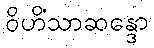
ဝိဟိံသာဆန္ဒော